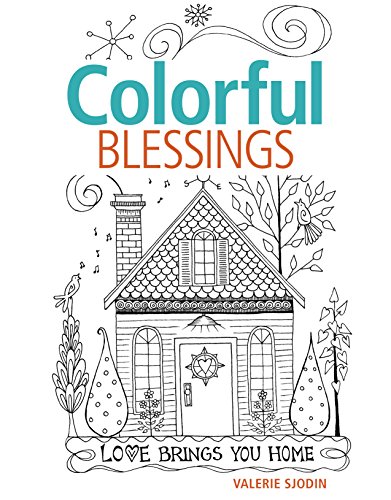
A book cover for Colorful Blessings; Valerie Sjodin; Arts & Photography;